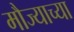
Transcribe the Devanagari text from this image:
मौज्याच्या